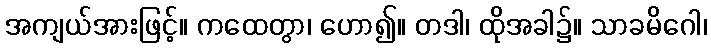
အကျယ်အားဖြင့်။ ကထေတွာ၊ ဟော၍။ တဒါ၊ ထိုအခါ၌။ သာခမိဂေါ၊